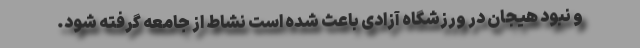
و نبود هیجان در ورزشگاه آزادی باعث شده است نشاط از جامعه گرفته شود.